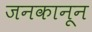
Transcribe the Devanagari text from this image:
जनकानून